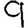
Digit: 9